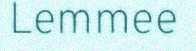
Lemmee